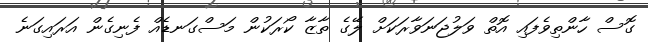
ގޮސް ހާންތިވެފައި އޮތް ވަލުޖަނަވާރަކަށް ލޭގެ ތާޒާ ކޯރަކުން މަސްގަނޑެއް ފެނިގެން އަރައިގަނެ